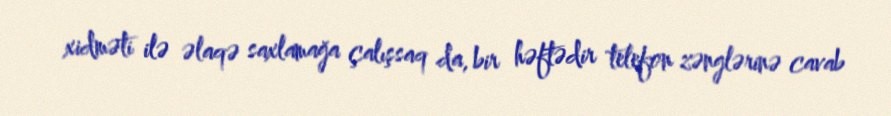
xidməti ilə əlaqə saxlamağa çalışsaq da, bir həftədir telefon zənglərinə cavab